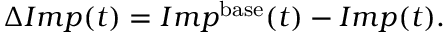
\Delta I m p ( t ) = I m p ^ { \mathrm { b a s e } } ( t ) - I m p ( t ) .